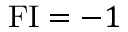
\operatorname { F I } = - 1